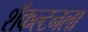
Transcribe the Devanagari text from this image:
शॅकल्टनला